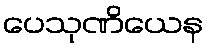
ပေသုဏိယေန